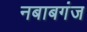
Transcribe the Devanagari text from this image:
नबाबगंज